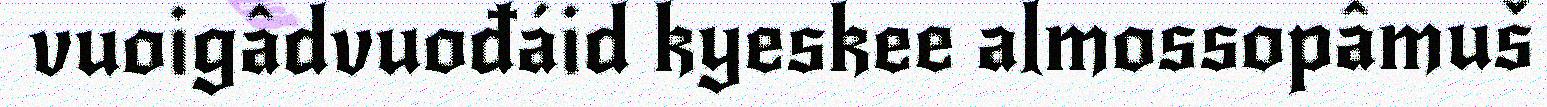
vuoigâdvuođáid kyeskee almossopâmuš